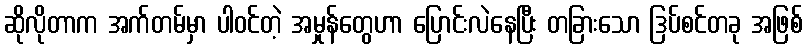
ဆိုလိုတာက အက်တမ်မှာ ပါဝင်တဲ့ အမှုန်တွေဟာ ပြောင်းလဲနေပြီး တခြားသော ဒြပ်စင်တခု အဖြစ်